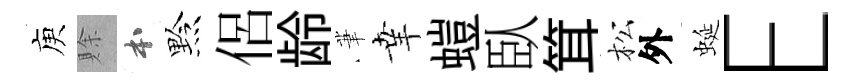
庾賖本黔侶龄茟𦍒螘臥䇯松外蜒E